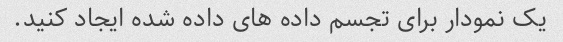
یک نمودار برای تجسم داده های داده شده ایجاد کنید.